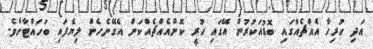
އަދި ހުރިހާ އެއްޗެއްގައި ބޮޑުއަކުރުން އޭގައި ހުރީ ކޮންއެއްޗެއްކަން އެގޭނެހެން ލިޔެފައި ބަހައްޓާށެވެ.